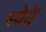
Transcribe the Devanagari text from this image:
स्वेदें